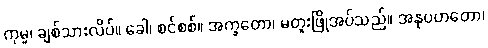
ကုမ္မ၊ ချစ်သားလိပ်။ ခေါ၊ စင်စစ်။ အက္ခတော၊ မတူးဖြိုအပ်သည်။ အနုပဟတော၊